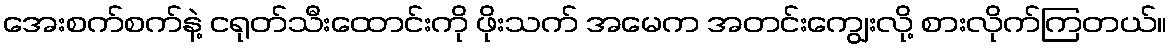
အေးစက်စက်နဲ့ ငရုတ်သီးထောင်းကို ဖိုးသက် အမေက အတင်းကျွေးလို့ စားလိုက်ကြတယ်။